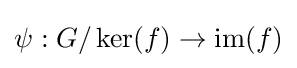
\psi :G/\ker(f)\to {\text{im}}(f)